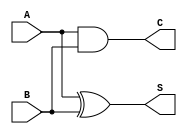
`timescale 1ns / 1ps
//////////////////////////////////////////////////////////////////////////////////
// Company: 
// Engineer: 
// 
// Design Name: 
// Module Name: half_adder
// Project Name: 
// Target Devices: 
// Tool Versions: 
// Description: 
// 
// Dependencies: 
// 
// Revision:
// Revision 0.01 - File Created
// Additional Comments:
// 
//////////////////////////////////////////////////////////////////////////////////


module half_adder(A,B,S,C);
input A,B;
output S,C;
 xor x1(S,A,B);
 and a1(C,A,B);
endmodule